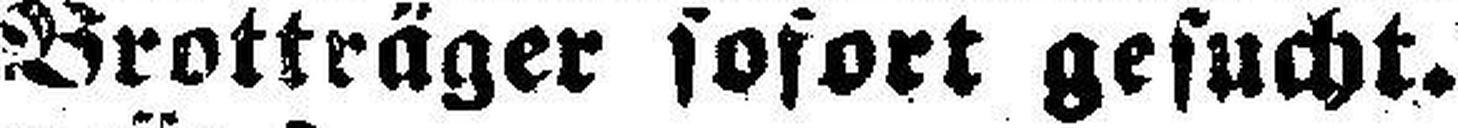
Brotträger sofort gesucht.